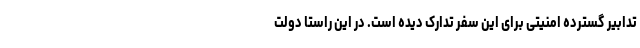
تدابیر گسترده امنیتی برای این سفر تدارک دیده است. در این راستا دولت